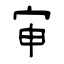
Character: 审